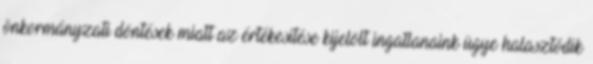
önkormányzati döntések miatt az értékesítése kijelölt ingatlanaink ügye halasztódik